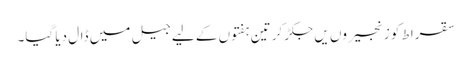
سقراط کو زنجیروں یں جکڑ کر تین ہفتوں کے لیے جیل میں ڈال دیا گیا۔